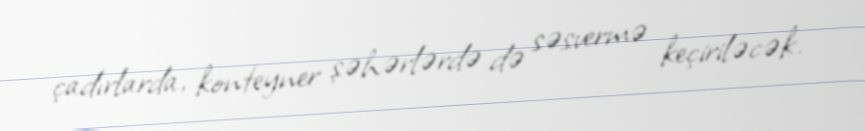
çadırlarda, konteyner şəhərlərdə də səsvermə keçiriləcək.